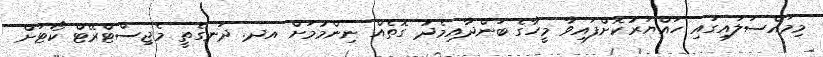
މިމައްސަލައިގައި ހައްޔަރުކޮށްފައިވާ މީހާގެ ބަންދާއިމެދު ގޮތެއް ނިންމުމަށް އދ. ދަނގެތީ މެޖިސްޓްރޭޓް ކޯޓަށް